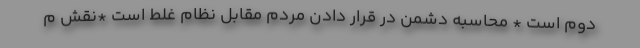
دوم است * محاسبه دشمن در قرار دادن مردم مقابل نظام غلط است *نقش م